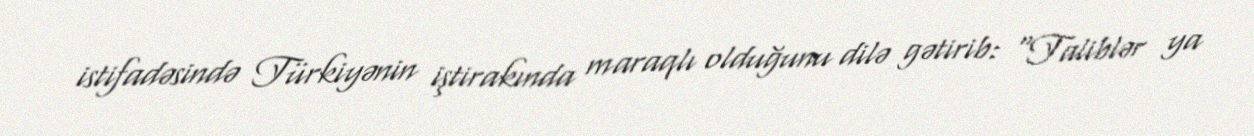
istifadəsində Türkiyənin iştirakında maraqlı olduğunu dilə gətirib: “Taliblər ya